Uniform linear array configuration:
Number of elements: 16
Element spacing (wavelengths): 1
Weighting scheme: exponential
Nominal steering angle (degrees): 0
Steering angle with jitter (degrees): -0.4462
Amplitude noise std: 0.05
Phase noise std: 0.05

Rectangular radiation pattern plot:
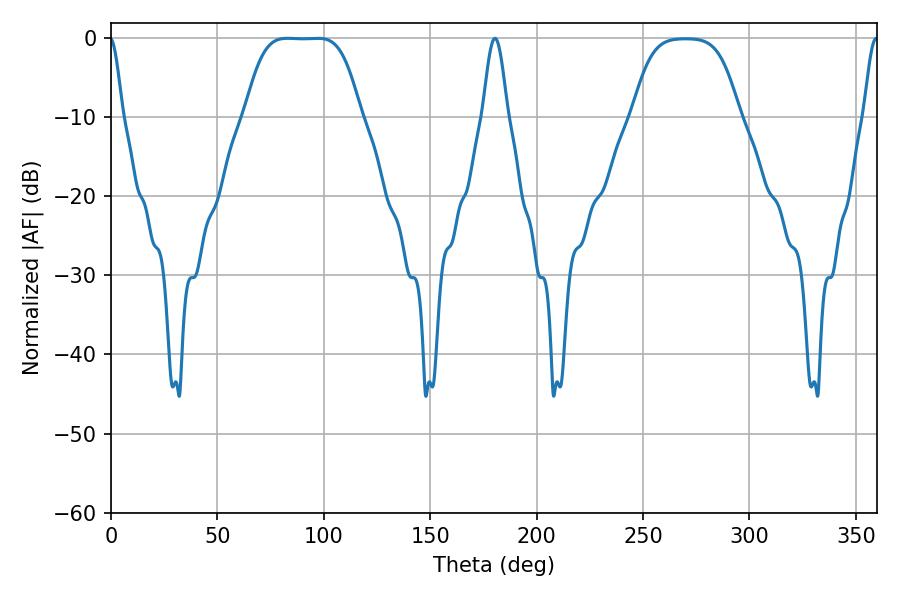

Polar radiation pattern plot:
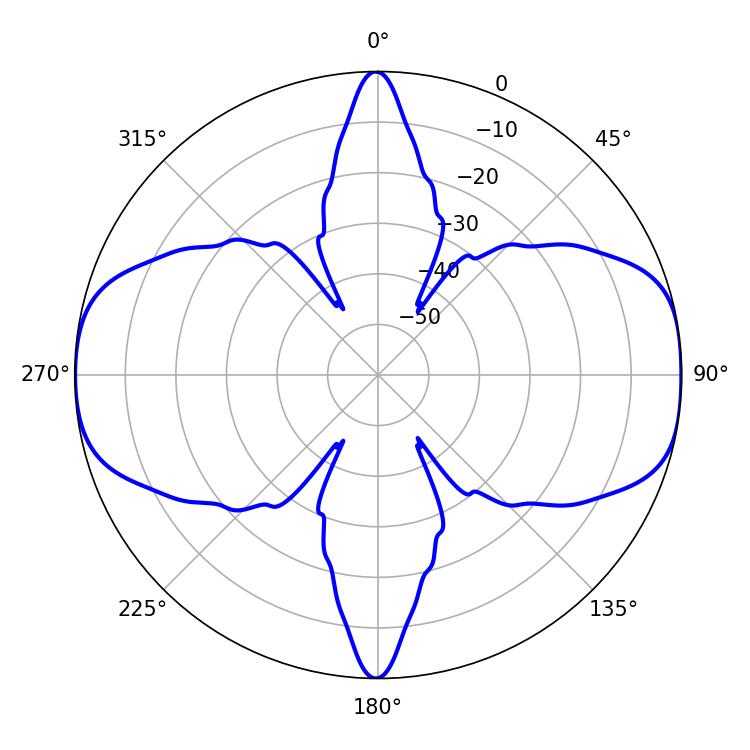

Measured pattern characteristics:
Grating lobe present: TRUE
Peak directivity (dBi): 13.225
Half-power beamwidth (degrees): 40.68
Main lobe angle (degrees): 82.98